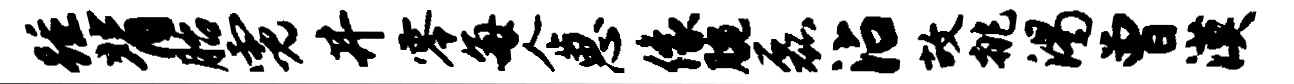
踵背胎霓井零每企思像腕磊沾故挑渴曾漠